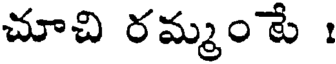
చూచి రమ్మం టే :